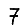
Digit: 7